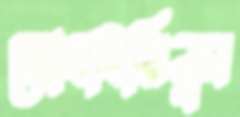
মোহাইমিনুর